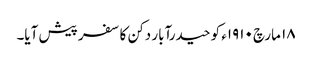
١٨ مارچ ١٩١٠ء کو حیدرآبار دکن کا سفر پیش آیا۔